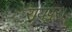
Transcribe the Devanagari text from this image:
रायपुर।